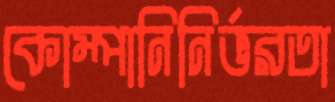
কোম্পানিনির্ভরতা